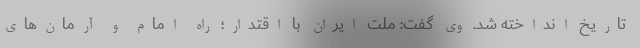
تاریخ انداخته شد. وی گفت: ملت ایران با اقتدار؛ راه امام و آرمان‌های